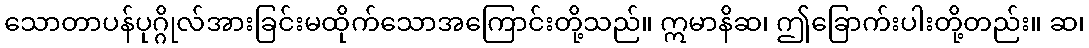
သောတာပန်ပုဂ္ဂိုလ်အားခြင်းမထိုက်သောအကြောင်းတို့သည်။ ဣမာနိဆ၊ ဤခြောက်းပါးတို့တည်း။ ဆ၊